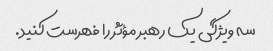
سه ویژگی یک رهبر مؤثر را فهرست کنید.